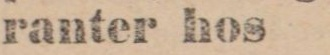
ranter hos